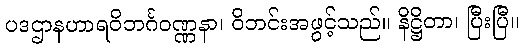
ပဒဌာနဟာရဝိဘင်္ဂဝဏ္ဏနာ၊ ဝိဘင်းအဖွင့်သည်။ နိဋ္ဌိတာ၊ ပြီးပြီ။